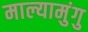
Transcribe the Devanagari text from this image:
माल्यामुंगु